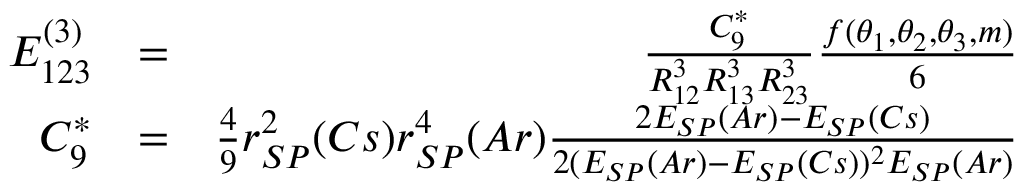
\begin{array} { r l r } { E _ { 1 2 3 } ^ { ( 3 ) } } & { = } & { \frac { C _ { 9 } ^ { * } } { R _ { 1 2 } ^ { 3 } R _ { 1 3 } ^ { 3 } R _ { 2 3 } ^ { 3 } } \frac { f ( \theta _ { 1 } , \theta _ { 2 } , \theta _ { 3 } , m ) } { 6 } } \\ { C _ { 9 } ^ { * } } & { = } & { \frac { 4 } { 9 } r _ { S P } ^ { 2 } ( C s ) r _ { S P } ^ { 4 } ( A r ) \frac { 2 E _ { S P } ( A r ) - E _ { S P } ( C s ) } { 2 ( E _ { S P } ( A r ) - E _ { S P } ( C s ) ) ^ { 2 } E _ { S P } ( A r ) } } \end{array}